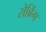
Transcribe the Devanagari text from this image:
सेब्रिंग